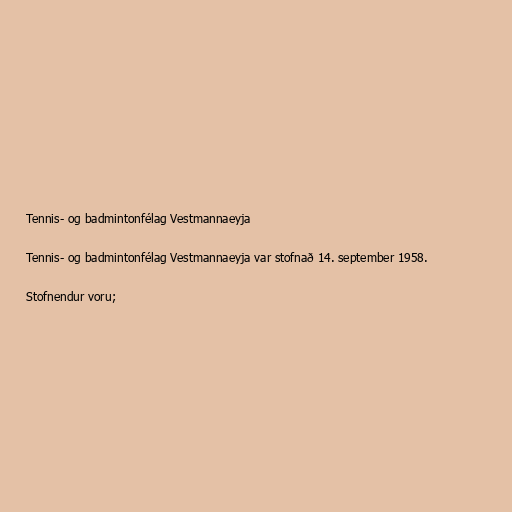
Tennis- og badmintonfélag Vestmannaeyja

Tennis- og badmintonfélag Vestmannaeyja var stofnað 14. september 1958.

Stofnendur voru;